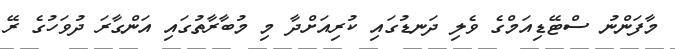
މާފަންނު ސްޓޭޑިއަމްގެ ވެލި ދަނޑުގައި ކުރިއަށްދާ މި މުބާރާތުގައި އަންގާރަ ދުވަހުގެ ރޭ